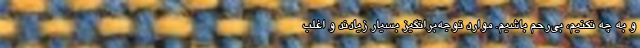
و به چه نکنیم، بی‌ر‌حم باشیم. موارد توجه‌برانگیز بسیار زیادند و اغلب